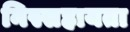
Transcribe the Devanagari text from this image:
निस्सहायता